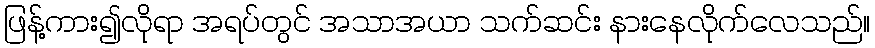
ဖြန့်ကား၍လိုရာ အရပ်တွင် အသာအယာ သက်ဆင်း နားနေလိုက်လေသည်။